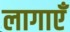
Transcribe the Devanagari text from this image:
लागाएँ